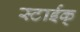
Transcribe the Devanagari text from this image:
स्टाईक्